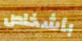
بأشخاص